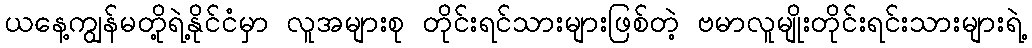
ယနေ့ကျွန်မတို့ရဲ့နိုင်ငံမှာ လူအများစု တိုင်းရင်သားများဖြစ်တဲ့ ဗမာလူမျိုးတိုင်းရင်းသားများရဲ့